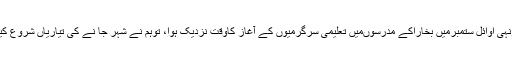
جونہی اوائل ستمبرمیں بخاراکے مدرسوںمیں تعلیمی سرگرمیوں کے آغاز کاوقت نزدیک ہوا، توہم نے شہر جا نے کی تیاریاں شروع کیں ۔